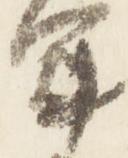
軍